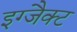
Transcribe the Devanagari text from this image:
इग्जैक्ट